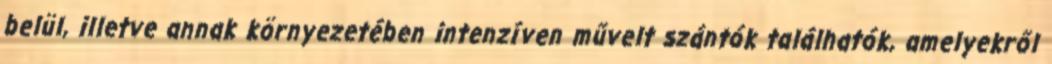
belül, illetve annak környezetében intenzíven művelt szántók találhatók, amelyekről